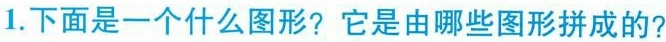
1.下面是一个什么图形?它是由哪些图形拼成的?